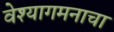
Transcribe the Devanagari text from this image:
वेश्यागमनाचा